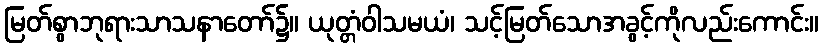
မြတ်စွာဘုရားသာသနာတော်၌။ ယုတ္တံဝါသမယံ၊ သင့်မြတ်သောအခွင့်ကိုလည်းကောင်း။